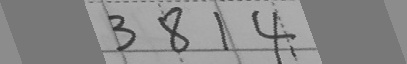
3 8 1 4